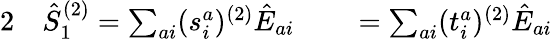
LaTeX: \begin{array}{rlrl}{{2}}&{{}\hat{S}_{1}^{(2)}=\sum_{ai}(s_{i}^{a})^{(2)}\hat{E}_{ai}}&{}&{{}=\sum_{ai}(t_{i}^{a})^{(2)}\hat{E}_{ai}}\end{array}